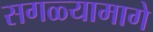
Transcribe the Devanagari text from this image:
सगळ्यामागे